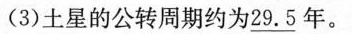
(3)土星的公转周期约为\underline{29.5}年。